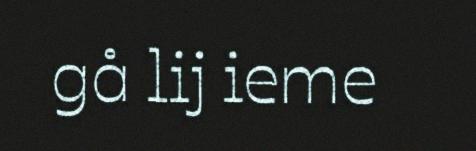
gå lij ieme